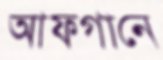
আফগানে